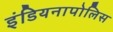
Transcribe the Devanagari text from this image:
इंडियनापोलिस